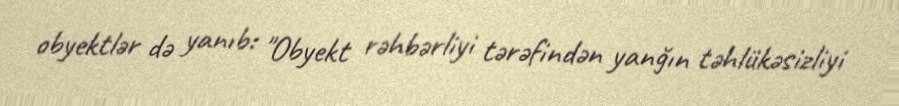
obyektlər də yanıb: "Obyekt rəhbərliyi tərəfindən yanğın təhlükəsizliyi